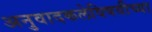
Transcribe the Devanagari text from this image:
अनुवादकलेविषयीच्या